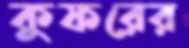
কুফরের